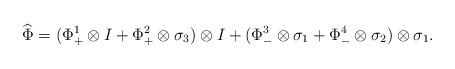
LaTeX: \begin{align*}\widehat{\Phi}=(\Phi_+^1\otimes I+\Phi_+^2\otimes\sigma_3)\otimes I+(\Phi_-^3\otimes\sigma_1+\Phi_-^4\otimes\sigma_2)\otimes\sigma_1. \end{align*}